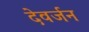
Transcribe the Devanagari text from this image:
देवर्जन